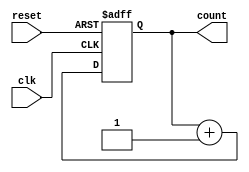
module async_counter #(
    parameter WIDTH = 4 // Bit width of the counter, can be set to 4, 8, etc.
) (
    input wire clk,         // Clock signal
    input wire reset,       // Asynchronous reset signal
    output reg [WIDTH-1:0] count // Current count value output
);

// Asynchronous reset and synchronous counting
always @(posedge clk or posedge reset) begin
    if (reset) begin
        count <= 0; // Reset the count to zero
    end else begin
        count <= count + 1; // Increment the count on clock rising edge
    end
end

endmodule